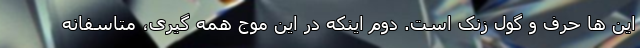
این ها حرف و گول زنک است. دوم اینکه در این موج همه گیری، متاسفانه